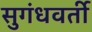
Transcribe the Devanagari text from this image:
सुगंधवर्ती